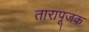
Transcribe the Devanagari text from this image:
तारापूजक